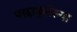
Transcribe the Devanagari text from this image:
पछाड्लेल्या